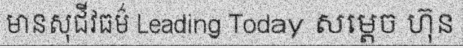
មានសុជីវធម៌ Leading Today សម្តេច ហ៊ុន